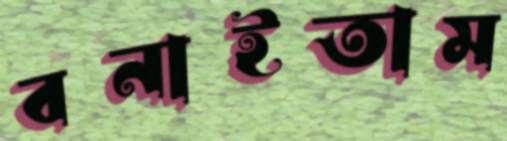
বনাইতাম